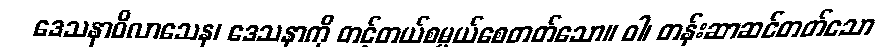
ဒေသနာဝိလာသေန၊ ဒေသနာကို တင့်တယ်စမ္ပယ်စေတတ်သော။ ဝါ၊ တန်းဆာဆင်တတ်သော